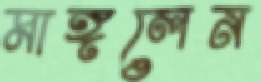
মাঙ্গলেন